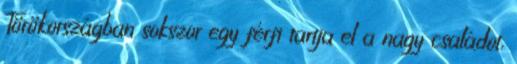
Törökországban sokszor egy férfi tartja el a nagy családot,